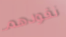
نقودهم